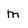
Character: m